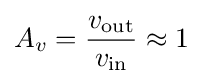
A_{v}={\frac {v_{\text{out}}}{v_{\text{in}}}}\approx 1